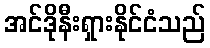
အင်ဒိုနီးရှားနိုင်ငံသည်